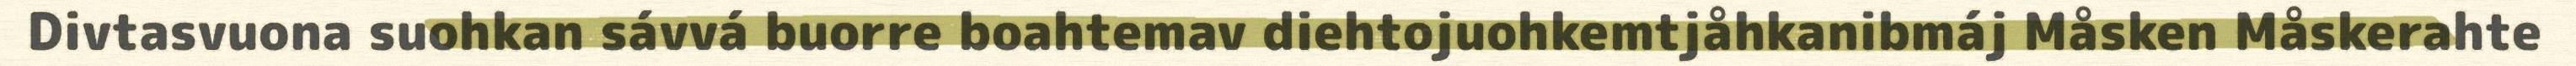
Divtasvuona suohkan sávvá buorre boahtemav diehtojuohkemtjåhkanibmáj Måsken Måskerahte